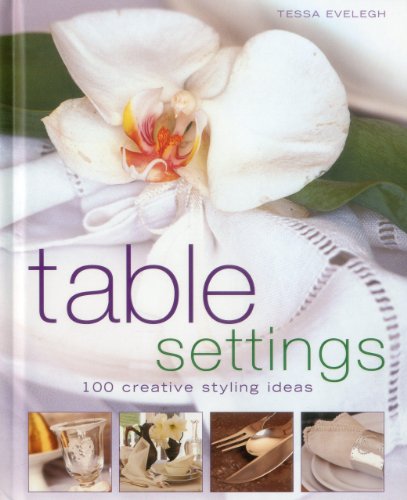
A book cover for Table Settings: 100 creative styling ideas; Tessa Evelegh; Cookbooks, Food & Wine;